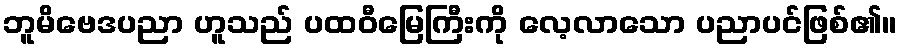
ဘူမိဗေဒပညာ ဟူသည် ပထဝီမြေကြီးကို လေ့လာသော ပညာပင်ဖြစ်၏။